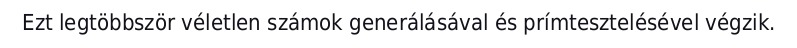
Ezt legtöbbször véletlen számok generálásával és prímtesztelésével végzik.